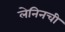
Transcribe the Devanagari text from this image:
लेनिनची